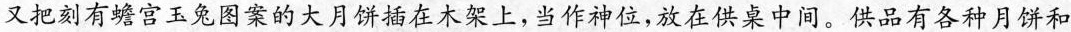
又把刻有蟾宫玉兔图案的大月饼插在木架上，当作神位，放在供桌中间。供品有各种月饼和